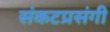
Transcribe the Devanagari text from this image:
संकटप्रसंगी